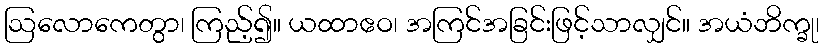
ဩလောကေတွာ၊ ကြည့်၍။ ယထာဧဝ၊ အကြင်အခြင်းဖြင့်သာလျှင်။ အယံဘိက္ခု၊